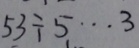
5 3 \div 5 \cdots 3